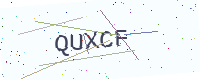
Text: QUXCF